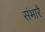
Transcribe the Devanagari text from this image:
संभारै